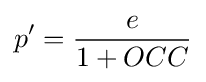
p^{\prime }={\frac {e}{1+OCC}}